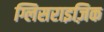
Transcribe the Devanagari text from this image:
ग्लिसराइज़िक